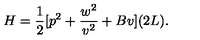
H = { \frac { 1 } { 2 } } [ { p } ^ { 2 } + { \frac { w ^ { 2 } } { v ^ { 2 } } } + B v ] ( 2 L ) .